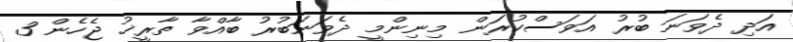
އަދި ދެވަނަ ބުރު އަވަސްކުރަން މިނިންމީ ދެވަނަބުރު ބާއްވާ ތާރީޚު ޖެހެން 3